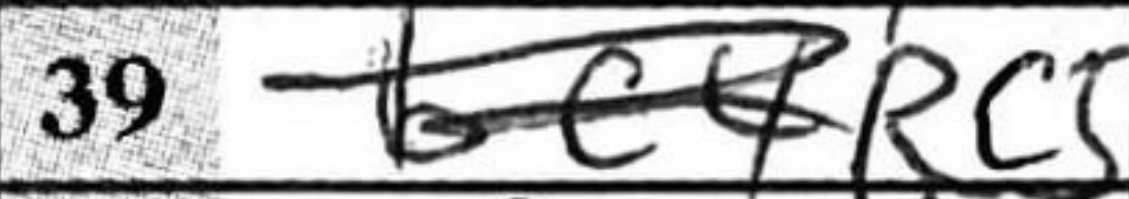
Transcription: Rc5